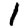
Digit: 1